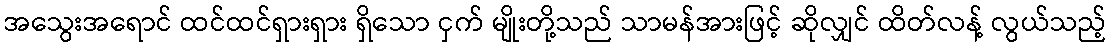
အသွေးအရောင် ထင်ထင်ရှားရှား ရှိသော ငှက် မျိုးတို့သည် သာမန်အားဖြင့် ဆိုလျှင် ထိတ်လန့် လွယ်သည့်